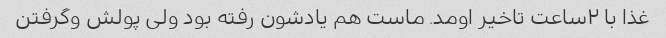
غذا با ۲ساعت تاخیر اومد. ماست هم یادشون رفته بود ولی پولش و‌گرفتن